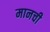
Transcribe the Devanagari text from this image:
मानची